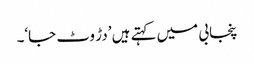
پنجابی میں کہتے ہیں ’دڑ وٹ جا‘۔